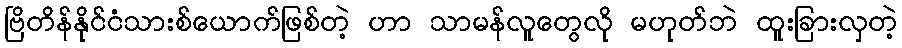
ဗြိတိန်နိုင်ငံသားစ်ယောက်ဖြစ်တဲ့ ဟာ သာမန်လူတွေလို မဟုတ်ဘဲ ထူးခြားလှတဲ့